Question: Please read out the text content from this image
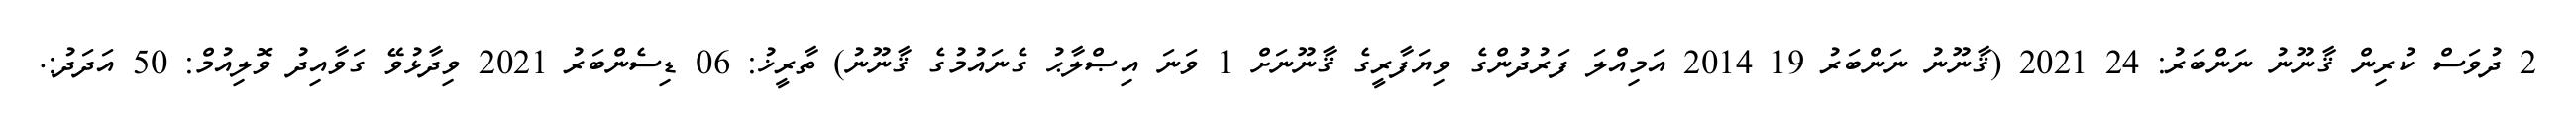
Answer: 2 ދުވަސް ކުރިން ޤާނޫނު ނަންބަރު: 24 2021 (ޤާނޫނު ނަންބަރު 19 2014 އަމިއްލަ ފަރުދުންގެ ވިޔަފާރީގެ ޤާނޫނަށް 1 ވަނަ އިޞްލާޙު ގެނައުމުގެ ޤާނޫނު) ތާރީޚު: 06 ޑިސެންބަރު 2021 ވިދާޅުވޭ ގަވާއިދު ވޮލިއުމް: 50 އަދަދު:.